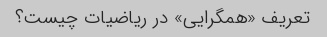
تعریف «همگرایی» در ریاضیات چیست؟